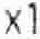
X1